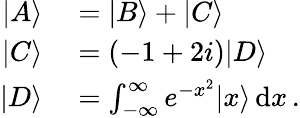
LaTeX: \begin{array}{rl}{|A\rangle}&{{}=|B\rangle+|C\rangle}\\ {|C\rangle}&{{}=(-1+2i)|D\rangle}\\ {|D\rangle}&{{}=\int_{-\infty}^{\infty}e^{-x^{2}}|x\rangle\, \mathrm{d}x\, .}\end{array}